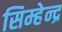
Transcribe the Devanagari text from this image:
सिम्हेन्द्र